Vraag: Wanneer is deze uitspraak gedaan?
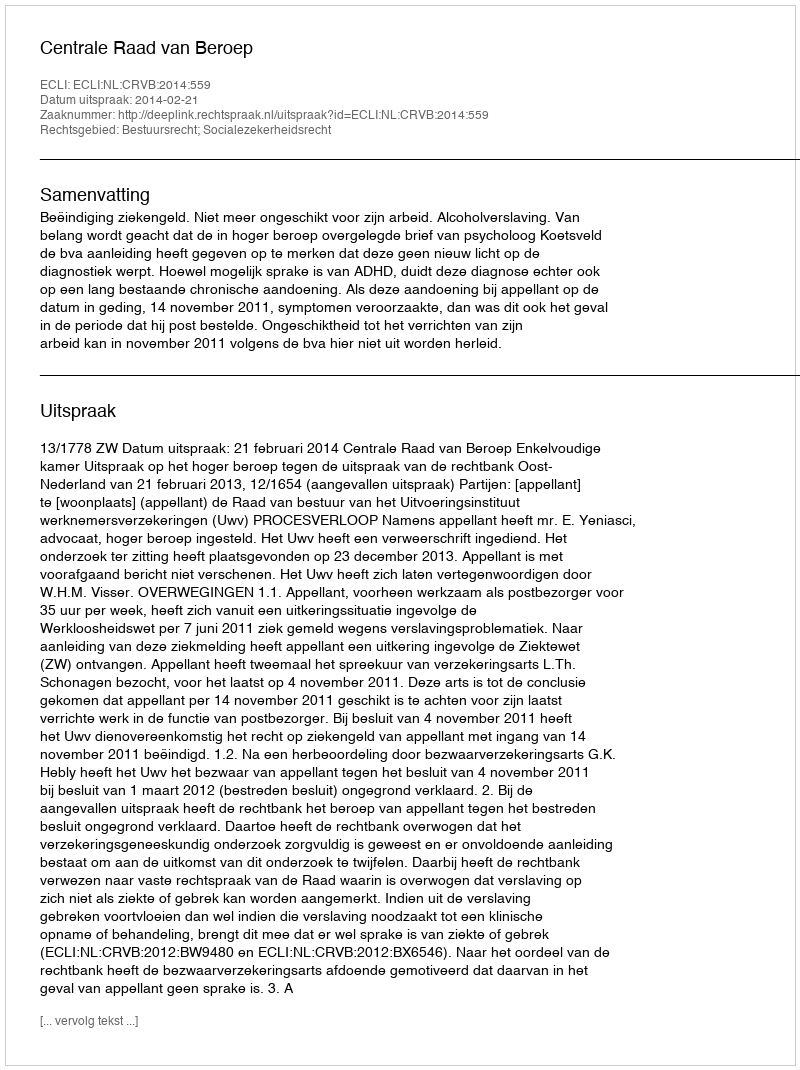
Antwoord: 2014-02-21